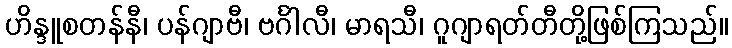
ဟိန္ဒူစတန်နီ၊ ပန်ဂျာဗီ၊ ဗင်္ဂါလီ၊ မာရသီ၊ ဂူဂျာရတ်တီတို့ဖြစ်ကြသည်။